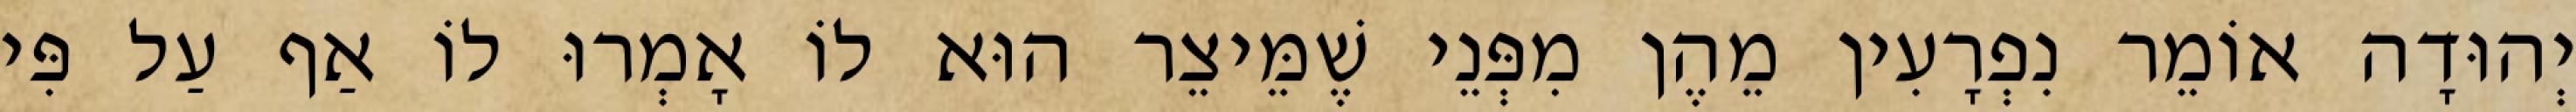
יְהוּדָה אוֹמֵר נִפְרָעִין מֵהֶן מִפְּנֵי שֶׁמֵּיצֵר הוּא לוֹ אָמְרוּ לוֹ אַף עַל פִּי